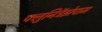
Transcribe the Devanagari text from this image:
फ्लुनिट्रॅझेपाम